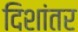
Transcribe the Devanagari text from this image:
दिशांतर